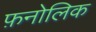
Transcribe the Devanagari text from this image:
फ़नोलिक